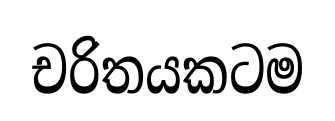
චරිතයකටම